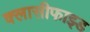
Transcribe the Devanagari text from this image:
क्लासीफाइड